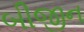
બીજીન